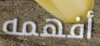
أفهمه